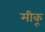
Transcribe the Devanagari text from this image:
मीकू